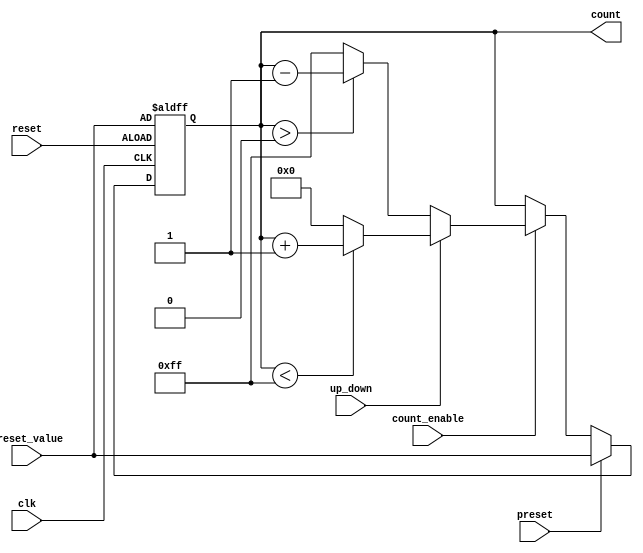
module presettable_counter (
    input wire clk,                  // Clock signal
    input wire reset,                // Asynchronous reset signal
    input wire preset,               // Load preset value signal
    input wire [N-1:0] preset_value, // Multi-bit input for the preset value
    input wire count_enable,         // Count enable signal
    input wire up_down,              // Count mode: 1 for up, 0 for down
    output reg [N-1:0] count         // Current counter value
);

parameter N = 8;                    // Bit-width of the counter (can be adjusted)

// Asynchronous reset
always @(posedge clk or posedge reset) begin
    if (reset) begin
        count <= preset_value;       // Reset to the preset value
    end else if (preset) begin
        count <= preset_value;       // Load new preset value
    end else if (count_enable) begin
        if (up_down) begin
            // Incrementing mode
            if (count < {N{1'b1}})    // Check for maximum value (2^N - 1)
                count <= count + 1;
            else
                count <= 0;           // Wrap around
        end else begin
            // Decrementing mode
            if (count > 0)             // Check for minimum value (0)
                count <= count - 1;
            else
                count <= {N{1'b1}};     // Wrap around to maximum value (2^N - 1)
        end
    end
end

endmodule